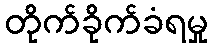
တိုက်ခိုက်ခံရမှု